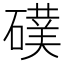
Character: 𮁅